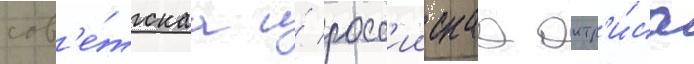
сов'е́тскаа и́ росс'иискаа актр'и́са